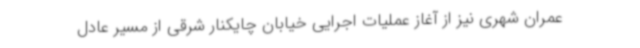
عمران شهری نیز از آغاز عملیات اجرایی خیابان چایکنار شرقی از مسیر عادل